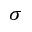
\sigma